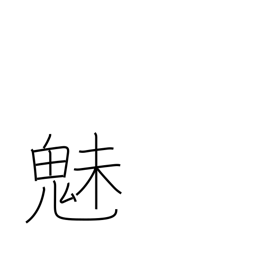
Meaning: fascination